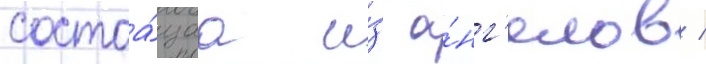
состоа́щаа и́з а́нг'елов /